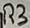
Text: R3